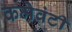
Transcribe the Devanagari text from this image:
कमेवंटी